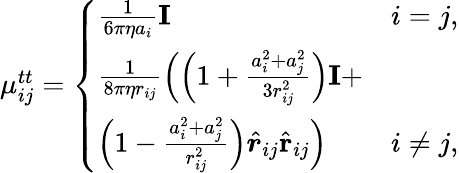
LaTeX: \begin{array}{r}{\mu_{ij}^{tt}=\left\{ \begin{array}{ll}{\frac{1}{6\pi\eta a_{i}}\mathbf{I}}&{i=j,}\\ {\frac{1}{8\pi\eta r_{ij}}\left(\left(1+\frac{a_{i}^{2}+a_{j}^{2}}{3r_{ij}^{2}}\right)\mathbf{I}+\right.}\\ {\left.\left(1-\frac{a_{i}^{2}+a_{j}^{2}}{r_{ij}^{2}}\right)\hat{\boldsymbol{r}}_{ij}\hat{\mathbf{r}}_{ij}\right)}&{i\neq j,}\end{array}\right.}\end{array}